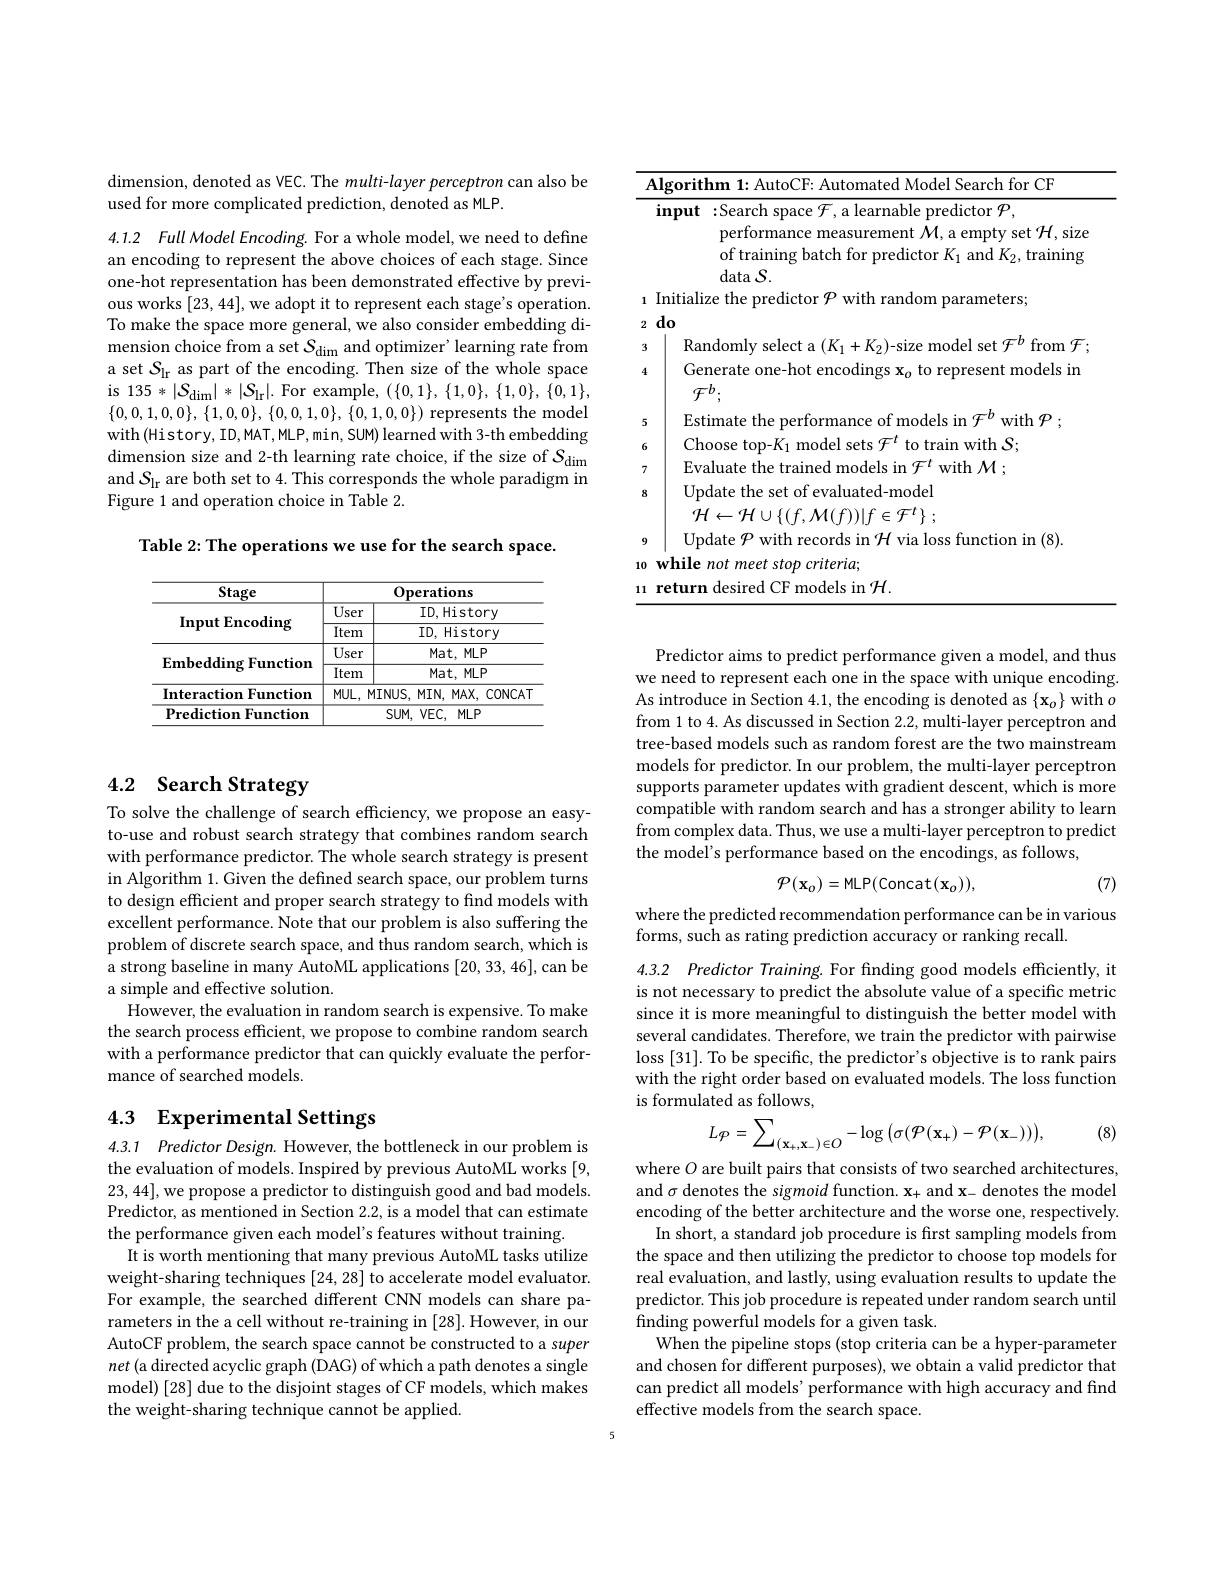
dimension, denoted as VEC. The multi-layer perceptron can also be
used for more complicated prediction, denoted as MLP.

4.1.2 Full Model Encoding. For a whole model, we need to define an encoding to represent the above choices of each stage. Since one-hot representation has been demonstrated effective by previous works [23,44], we adopt it to represent each stage's operation. To make the space more general, we also consider embedding dimension choice from a set $\mathcal{S}_\mathrm{dim}$ and optimizer' learning rate from a set $S_\mathrm{lr}$ as part of the encoding. Then size of the whole space is 135 $*|S_{\mathrm{dim}}|*|S_{\mathrm{lr}}|.$ For example, $(\{0,1\},\{1,0\},\{1,0\},\{0,1\}$, $\{0,0,1,0,0\},\{1,0,0\},\{0,0,1,0\},\{0,1,0,0\})$ represents the model with(History, ID,MAT, MLP, min, SUM) learned with 3-th embedding dimension size and 2-th learning rate choice, if the size of $\mathcal{S}_\mathrm{dim}$ and $S_\mathrm{lr}$ are both set to 4. This corresponds the whole paradigm in Figure 1 and operation choice in Table 2.

Table 2: The operations we use for the search space.

<table>
	<tbody>
		<tr>
			<th>Stage</th>
			<th rowspan="1">Operations</th>
		</tr>
		<tr>
			<td rowspan="2">Input Encoding</td>
			<td>ID, History</td>
		</tr>
		<tr>
			<td>ID, History</td>
		</tr>
		<tr>
			<td rowspan="2">Embedding Function</td>
			<td>Mat, MLP</td>
		</tr>
		<tr>
			<td>Mat, MLP</td>
		</tr>
		<tr>
			<td>Interaction Function</td>
			<td>MINUS,MIN,MAX,CONCAT</td>
		</tr>
		<tr>
			<td>Prediction Function</td>
			<td>$SUM,VEC,MLP$</td>
		</tr>
	</tbody>
</table>

# 4.2 Search Strategy

To solve the challenge of search efficiency, we propose an easyto-use and robust search strategy that combines random search with performance predictor. The whole search strategy is present in Algorithm 1. Given the defined search space, our problem turns to design efficient and proper search strategy to find models with excellent performance. Note that our problem is also suffering the problem of discrete search space, and thus random search, which is a strong baseline in many AutoML applications [20, 33, 46], can be a simple and effective solution.
However, the evaluation in random search is expensive. To make the search process efficient, we propose to combine random search with a performance predictor that can quickly evaluate the performance of searched models.

## 4.3 Experimental Settings

4.3.1 Predictor Design. However, the bottleneck in our problem is the evaluation of models. Inspired by previous AutoML works [9, 23,44],we propose a predictor to distinguish good and bad models. Predictor, as mentioned in Section 2.2, is a model that can estimate the performance given each model's features without training.
It is worth mentioning that many previous AutoML tasks utilize weight-sharing techniques [24,28] to accelerate model evaluator. For example, the searched different CNN models can share parameters in the a cell without re-training in [28]. However, in our AutoCF problem, the search space cannot be constructed to a super net (a directed acyclic graph (DAG) of which a path denotes a single model) [28] due to the disjoint stages of CF models, which makes the weight-sharing technique cannot be applied.

<table>
	<tbody>
		<tr>
			<th>$\mathbf{A}$</th>
			<th>$\Lambda lgoritl$</th>
			<th>$\mathbf{fhr}$ 1 for $\bullet\left(\mathrm{TR}\right)$</th>
		</tr>
		<tr>
			<th>1</th>
			<th>input</th>
			<th>:Search space $\mathcal{F}$, a learnable predictor $\mathcal{P}$, performance measurement $\mathcal{M}$, a empty set $\mathcal{H}$, size of training batch for predictor $K_1$ and $K_2$,training data $S.$</th>
		</tr>
		<tr>
			<td>$\textbf{I}$ 1 ry</td>
			<td>Initiali</td>
			<td>lize the predictor $\mathcal{P}$ with random parameters;</td>
		</tr>
		<tr>
			<td>$L$ 3</td>
			<td>uu Rar </td>
			<td>$\varpi b$ frr n</td>
		</tr>
		<tr>
			<td>$w$ 4</td>
			<td>IML Gel</td>
			<td>enerate one-hot encodings $\mathbf{x}_o$ to represent models in $\tau h$</td>
		</tr>
		<tr>
			<td>5</td>
			<td>Est</td>
			<td>nerto $\mathop{\mathrm{odalc~in~}}\mathbb{F}^{D}$ with $\mathcal{P}$</td>
		</tr>
		<tr>
			<td>6</td>
			<td>Ch</td>
			<td> </td>
		</tr>
		<tr>
			<td>7</td>
			<td>$\mathbf{F}.$</td>
			<td> </td>
		</tr>
		<tr>
			<td>8</td>
			<td>$Up$</td>
			<td>pdate the set of evaluated-model</td>
		</tr>
		<tr>
			<td>9</td>
			<td>$^{*}/F$ $Up$</td>
			<td> pdate $\mathcal{P}$ with records in $\mathcal{H}$ via loss function in (8).</td>
		</tr>
		<tr>
			<td>10</td>
			<td>while</td>
			<td>$: not\textit{meet stop criteria}$</td>
		</tr>
		<tr>
			<td>.1 I 1 </td>
			<td>return</td>
			<td>odels in $\mathcal{H} .$ $I^{\prime}k$</td>
		</tr>
	</tbody>
</table>

Predictor aims to predict performance given a model, and thus we need to represent each one in the space with unique encoding. As introduce in Section 4.1, the encoding is denoted as $\{\mathbf{x}_o\}$ with $o$ from 1 to 4. As discussed in Section 2.2, multi-layer perceptron and tree-based models such as random forest are the two mainstream models for predictor. In our problem, the multi-layer perceptron supports parameter updates with gradient descent, which is more compatible with random search and has a stronger ability to learn from complex data. Thus, we use a multi-layer perceptron to predict the model's performance based on the encodings, as follows,
$$\mathcal{P}(\mathbf{x}_{o})=\mathrm{MLP}(\mathrm{Concat}(\mathbf{x}_{o})),$$
(7)

where the predicted recommendation performance can be in various
forms, such as rating prediction accuracy or ranking recall.

4.3.2 Predictor Training. For finding good models efficiently, it is not necessary to predict the absolute value of a specific metric since it is more meaningful to distinguish the better model with several candidates. Therefore, we train the predictor with pairwise loss [31]. To be specific, the predictor's objective is to rank pairs with the right order based on evaluated models. The loss function is formulated as follows,

(8)
$$Lp=\sum_{(\mathbf{x}_{+},\mathbf{x}_{-})\in O}-\log\big(\sigma(\mathcal{P}(\mathbf{x}_{+})-\mathcal{P}(\mathbf{x}_{-}))\big),$$
where $O$ are built pairs that consists of two searched architectures, and $\sigma$ denotes the sigmoid function. $\mathbf{x}_+$ and $\mathbf{x}_-$ denotes the model encoding of the better architecture and the worse one, respectively
In short, a standard job procedure is first sampling models from the space and then utilizing the predictor to choose top models for real evaluation, and lastly, using evaluation results to update the predictor. This job procedure is repeated under random search until finding powerful models for a given task.
When the pipeline stops (stop criteria can be a hyper-parameter and chosen for different purposes), we obtain a valid predictor that can predict all models' performance with high accuracy and find effective models from the search space.